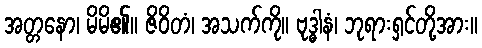
အတ္တနော၊ မိမိ၏။ ဇိဝိတံ၊ အသက်ကို။ ဗုဒ္ဓါနံ၊ ဘုရားရှင်တို့အား။